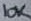
Text: 10K